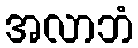
အလာဘံ